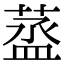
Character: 䕄